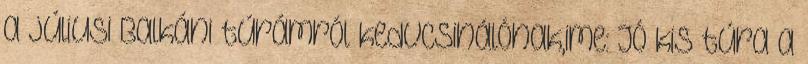
a júliusi Balkáni túrámról kedvcsinálónak,ime: Jó kis túra a